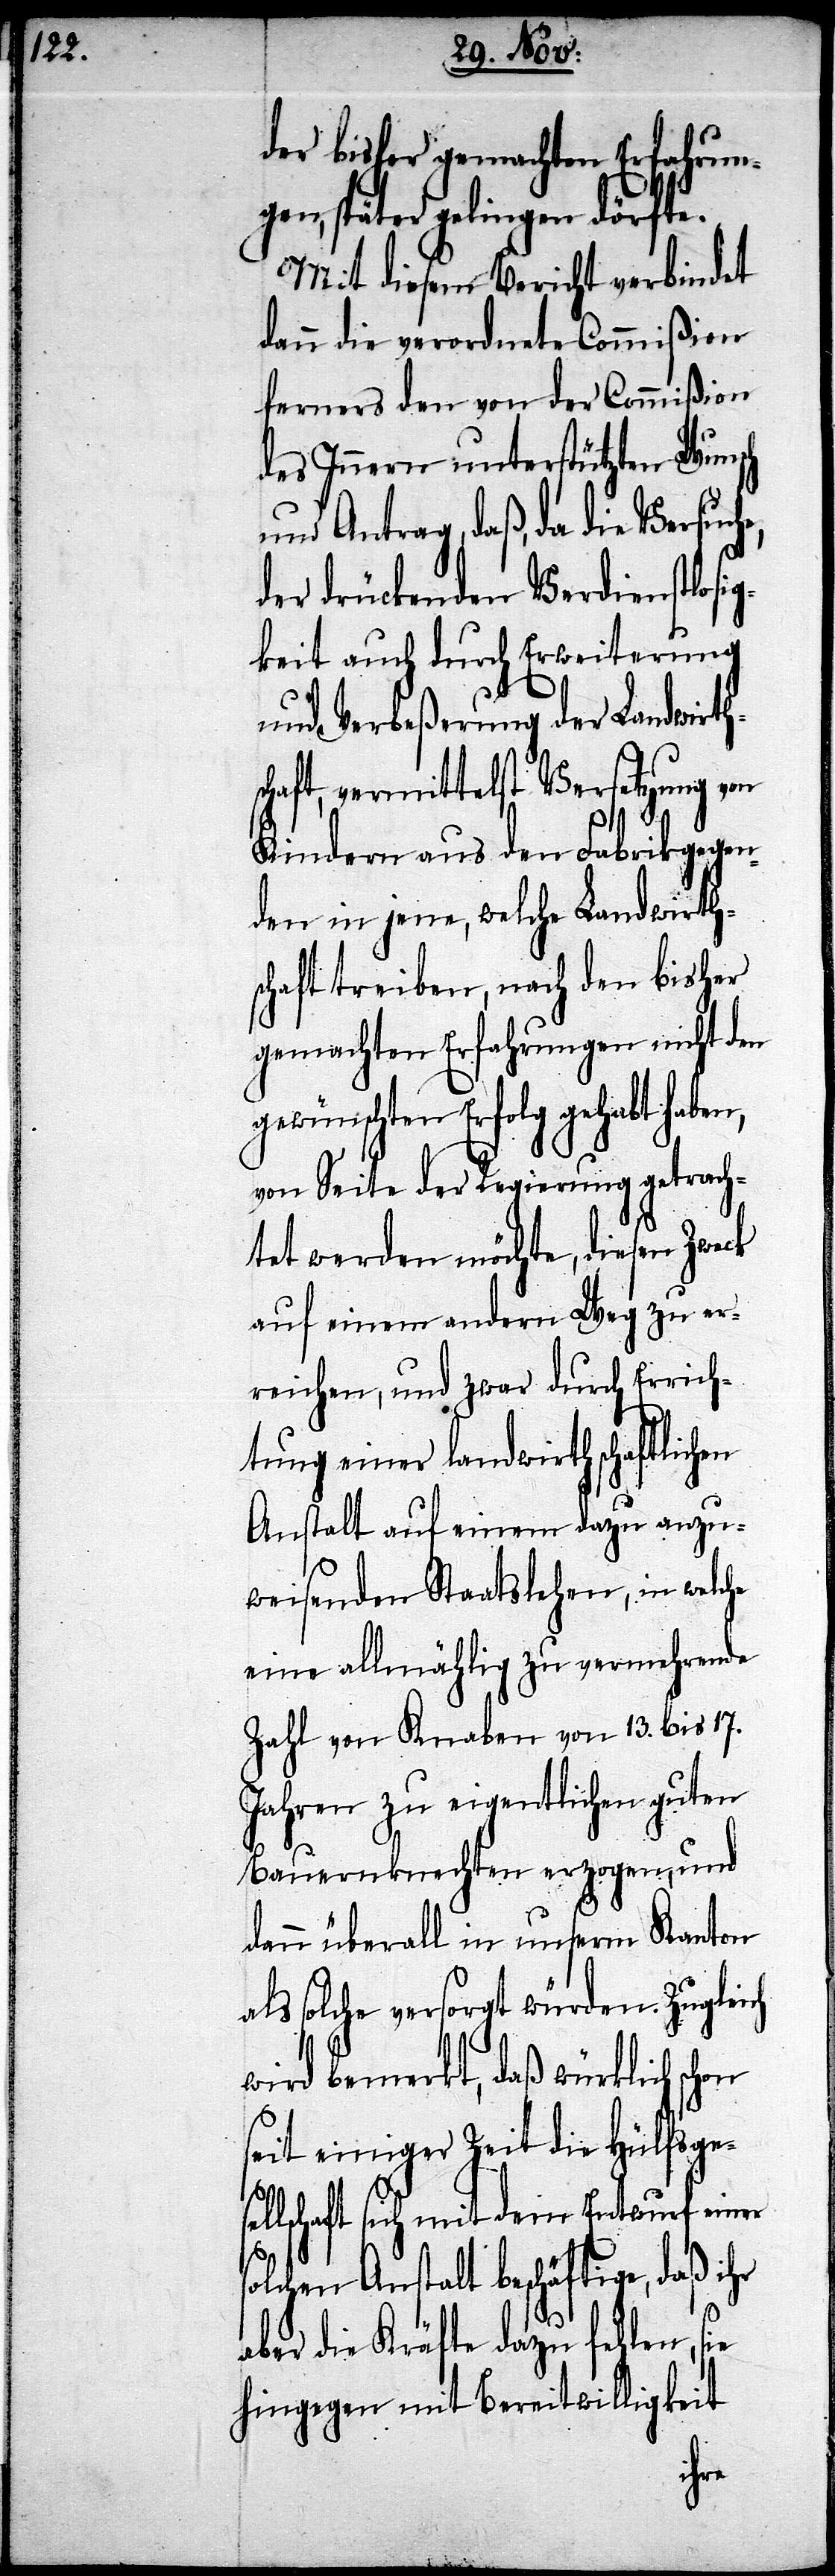
der bisher gemachten Erfahrun¬
gen, später gelingen dörfte.
Mit diesem Bericht verbindet
dann die verordnete Commißion
ferners den von der Commißion
des Innern unterstützten Wunsch
Antrag, daß, da die Versuc¬
der drückenden Verdienstlosig¬
keit auch durch Erweiterung
und Verbeßerung der Landwirth¬
chaft, vermittelst Versetzung von
s¬
Kindern aus den Fabrikgegen¬
den in jene, welche Landwirth¬
schaft treiben, nach den bisher
gemachten Erfahrungen nicht den
gewünschten Erfolg gehabt haben,
von Seite der Regierung getrach¬
tet werden möchte, diesen Zweck
auf einem andern Weg zu er¬
reichen, und zwar durch Errich¬
tung einer landwirtschaftlichen
Anstalt auf einem dazu anzu¬
weisenden Staatslehen, in welche
eine allmählig zu vermehrende
Zahl von Knaben von 13. bis 17.
Jahren zu eigentlichen guten
Bauernknechten erzogen, und
als solche versorgt würden. Zugleich
wird bemerkt, daß würklich schon
seit einiger Zeit die Hülfsge¬
lschaft sich mit dem Entwurf einer
lchen Anstalt beschäftigte, daß
aber die Kräfte dazu fehlen, sie
hingegen mit Bereitwilligkeit
ihr